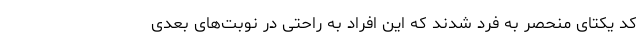
کد یکتای منحصر به فرد شدند که این افراد به راحتی در نوبت‌های بعدی